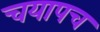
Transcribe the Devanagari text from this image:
चयापच